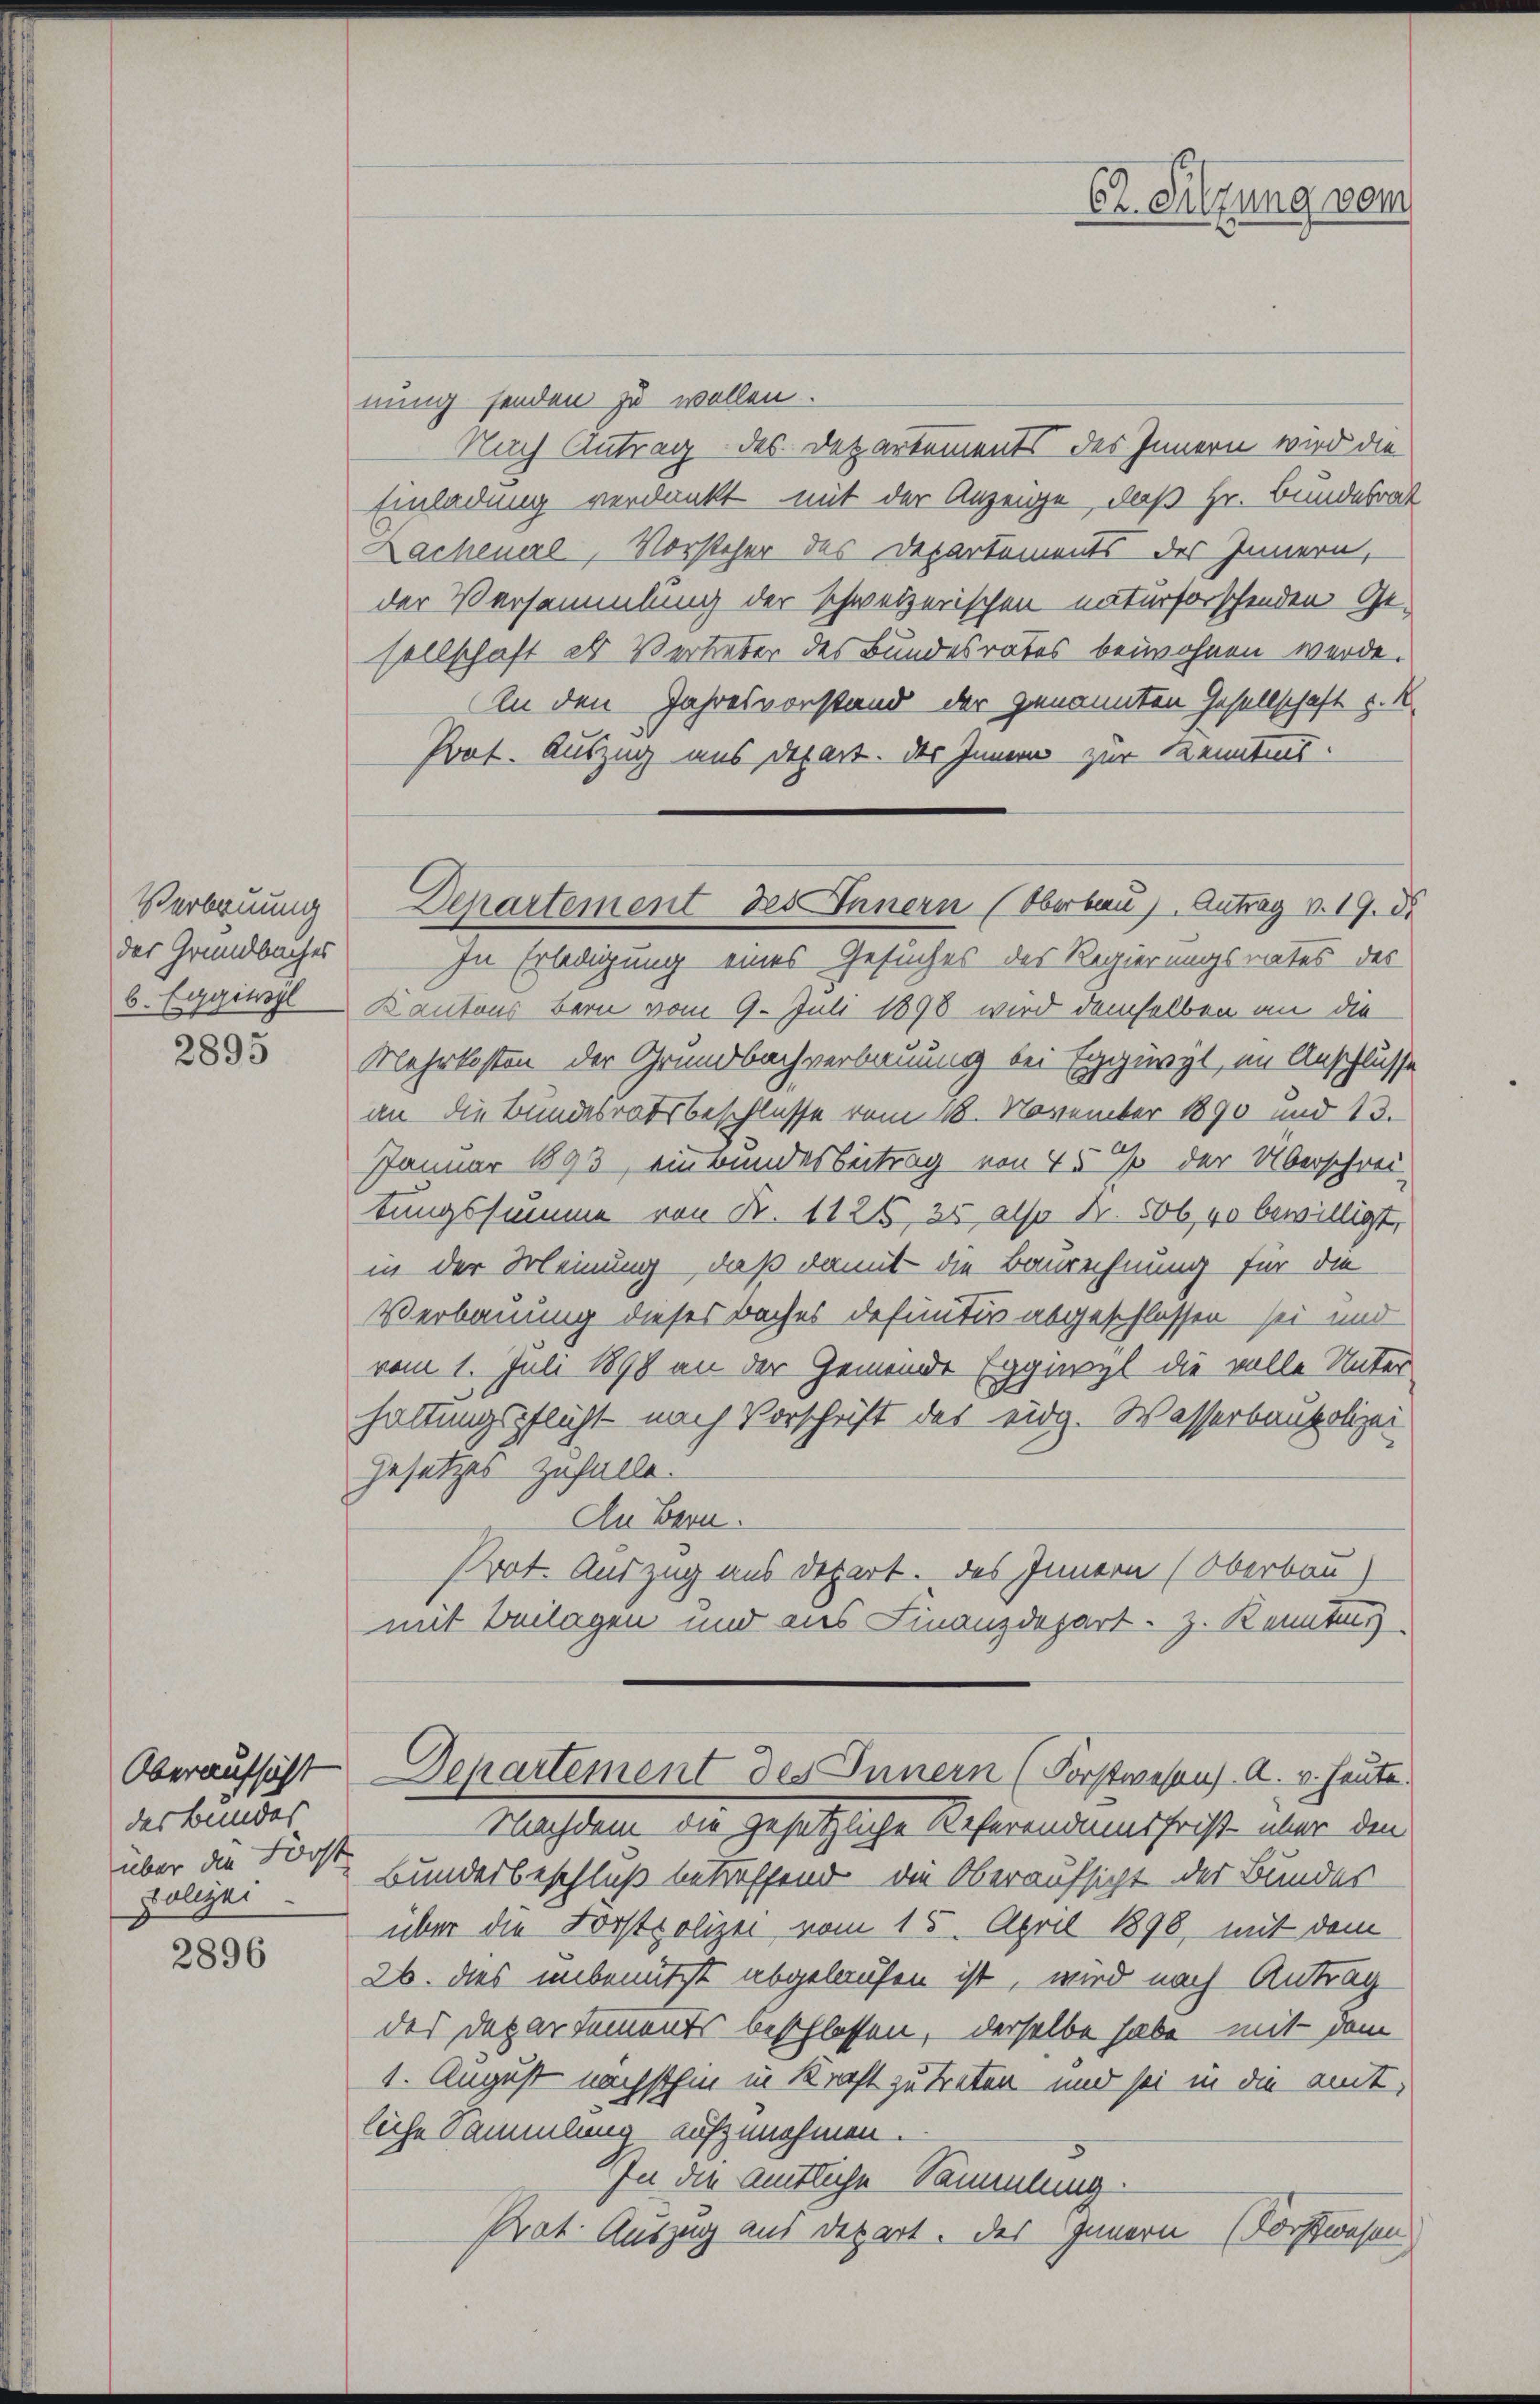
Verbruung
der Grundbuches
b. Eggiusyl

2895

Oberaufsicht
das Bundes
über die Forst
Polizei

2896

Er Sitzung vom

nung senden zu wollen.
Nach Antrag des Departements des Innern wird die
Einladung verdankt mit der Anzeige, daß Hr. Bundesrat
Lachenal, Vorsteher des Departements des Innern,
der Versammlung der schweizerischen naturforschenden Gesellschaft als Vertreter des Bundesrates beiwohnen werde.
An den Jahresvorstand der genannten Gesellschaft z. R.
Pot. Auszug aus Depart. des Innern zur Kenntnis.
In Erledigung eines Gesuches des Regierungsrates des
Kantons Bern vom 9. Juli 1898 wird demselben an die
Mehrkosten der Grundbachverbauung bei Egguryt, im Anschlusse
an die Bundesratsbeschlusse vom 18. November 1890 und 13.
Januar 1893, einbundesbeitrag von 45 % der Überschrei-
tungssumme von N. 1125, 25 also Nr. 50640 bewilligt,
in der Meinung, daß damit die Baurechnung für die
Verbauung dieses Baches definitiv abgeschlossen sei und
vom 1. Juli 1898 an der Gemeinde Eggiwyl die volle Unter
haltungspflicht nach Vorschrift des eidg. Wasserbaupolizei
Gesetzes zufalle.
An Bern.
Prot. Auszug aus depart. Das Innern (Oberbau)
mit Beilagen und aus Finanzdepart z. Kenntn
Dehartement des Innern (Forstwesen A. v. heute.
Nachdem die gesetzliche Reformannsfrist über den
Bundesbeschluß betreffend die Oberaufsicht der Bundes
über die Forstpolizei vom 15. April 1896, mit dem
26. dies unbenutzt abgelaufen ist, wird nach Antrag
des Departements beschlossen, derselbe habe mit dem
1. August nächsthin in Kraft zu treten und sei in die amt-
liche Sammlung aufzunehmen.
In die amtliche Sammlung.
Prat. Auszug aus Depart. des Innern (Forstwesen

Departement des Innern (Oberbau), Antrag v. 19. d.